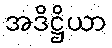
အဒိဋ္ဌိယာ